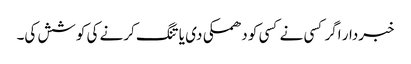
خبردار اگر کسی نے کسی کو دھمکی دی یا تنگ کرنے کی کوشش کی۔